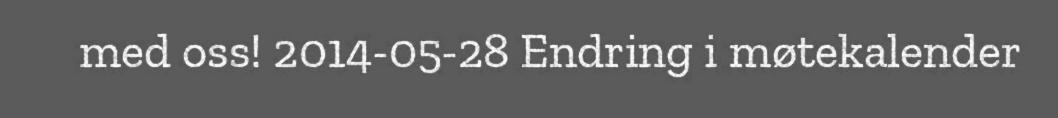
med oss! 2014-05-28 Endring i møtekalender